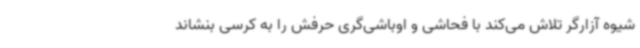
شیوه آزارگر تلاش می‌کند با فحاشی و اوباشی‌گری حرفش را به کرسی بنشاند